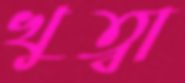
খুত্বা